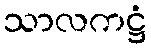
သာလကဋ္ဌံ